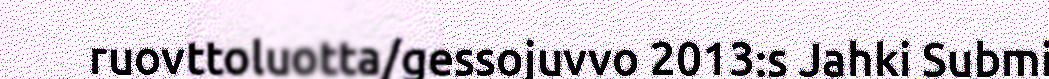
ruovttoluotta/gessojuvvo 2013:s Jahki Submi